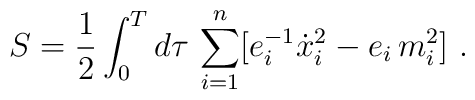
S=\frac 12\int_0^Td\tau \,\sum_{i=1}^n[e_i^{-1}\dot{x}_i^2-e_i\,m_i^2]\,\,.